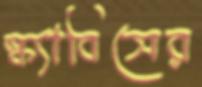
স্ক্যাবিসের